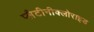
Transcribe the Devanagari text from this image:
प्लैटीनीक्लोराइड